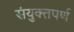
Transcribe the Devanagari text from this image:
संयुक्तपर्ण